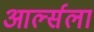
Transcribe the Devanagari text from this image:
आर्ल्सला